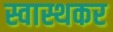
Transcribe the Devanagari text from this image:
स्वास्थकर